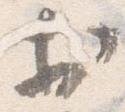
於